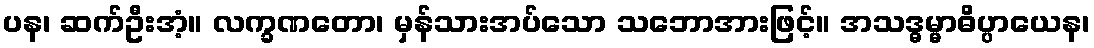
ပန၊ ဆက်ဦးအံ့။ လက္ခဏတော၊ မှန်သားအပ်သော သဘောအားဖြင့်။ အသဒ္ဓမ္မာဓိပ္ပာယေန၊